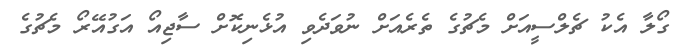
ގޯލާ އެކު ޗެލްސީއަށް މެޗުގެ ތެރެއަށް ނުވަދެވި އުޅެނިކޮށް ސާޖިއޯ އަގުއޭރޯ މެޗުގެ